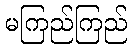
မကြည်ကြည်